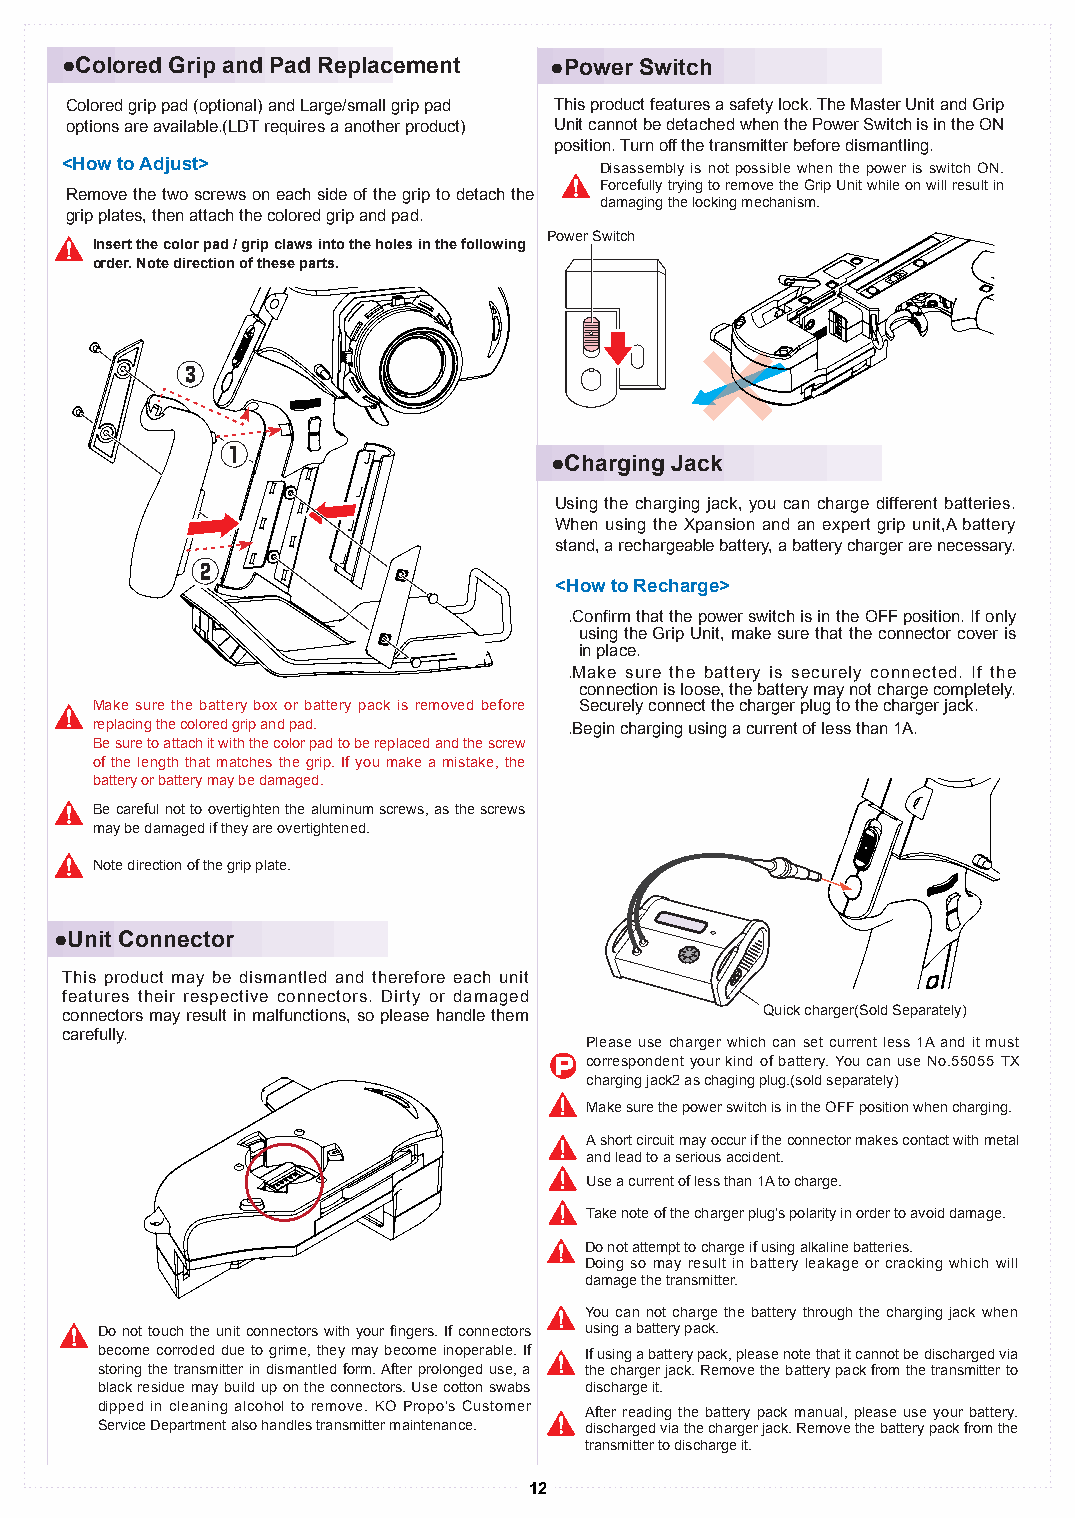
●Colored Grip and Pad Replacement ●Power Switch
 Colored grip pad (optional) and Large/small grip pad This product features a safety lock. The Master Unit and Grip
 options are available.(LDT requires a another product) Unit cannot be detached when the Power Switch is in the ON
 position. Turn off the transmitter before dismantling.
 <How to Adjust>                     Disassembly is not possible when the power is switch ON.
 Forcefully trying to remove the Grip Unit while on will result in
 Remove the two screws on each side of the grip to detach the
 damaging the locking mechanism.
 grip plates, then attach the colored grip and pad.
 Power Switch
 Insert the color pad / grip claws into the holes in the following
 order. Note direction of these parts.
 ③
 ①
 ●Charging Jack
 Using the charging jack, you can charge different batteries.
 When using the Xpansion and an expert grip unit,A battery
 stand, a rechargeable battery, a battery charger are necessary.
 ②
 <How to Recharge>
 ①.Confirm that the power switch is in the OFF position. If only
 using the Grip Unit, make sure that the connector cover is
 in place.
 ①.Make sure the battery is securely connected. If the
 connection is loose, the battery may not charge completely.
 Make sure the battery box or battery pack is removed before Securely connect the charger plug to the charger jack.
 replacing the colored grip and pad. ①.Begin charging using a current of less than 1A.
 Be sure to attach it with the color pad to be replaced and the screw
 of the length that matches the grip. If you make a mistake, the
 battery or battery may be damaged.
 Be careful not to overtighten the aluminum screws, as the screws
 may be damaged if they are overtightened.
 Note direction of the grip plate.
 ●Unit Connector
 This product may be dismantled and therefore each unit
 features their respective connectors. Dirty or damaged
 connectors may result in malfunctions, so please handle them Quick charger(Sold Separately)
 carefully.
 Please use charger which can set current less 1A and it must
 P correspondent your kind of battery. You can use No.55055 TX
 charging jack2 as chaging plug.(sold separately)
 Make sure the power switch is in the OFF position when charging.
 A short circuit may occur if the connector makes contact with metal
 and lead to a serious accident.
 Use a current of less than 1A to charge.
 Take note of the charger plug's polarity in order to avoid damage.
 Do not attempt to charge if using alkaline batteries.
 Doing so may result in battery leakage or cracking which will
 damage the transmitter.
 You can not charge the battery through the charging jack when
 Do not touch the unit connectors with your fingers. If connectors using a battery pack.
 become corroded due to grime, they may become inoperable. If If using a battery pack, please note that it cannot be discharged via
 storing the transmitter in dismantled form. After prolonged use, a the charger jack. Remove the battery pack from the transmitter to
 black residue may build up on the connectors. Use cotton swabs discharge it.
 dipped in cleaning alcohol to remove. KO Propo's Customer After reading the battery pack manual, please use your battery.
 Service Department also handles transmitter maintenance. discharged via the charger jack. Remove the battery pack from the
 transmitter to discharge it.
 12